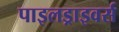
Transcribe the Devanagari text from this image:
पाइलड्राइवर्स